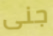
جنى